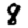
Digit: 8